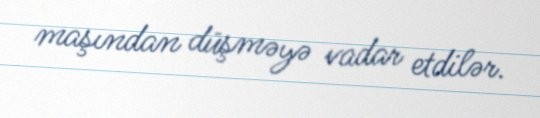
maşından düşməyə vadar etdilər.